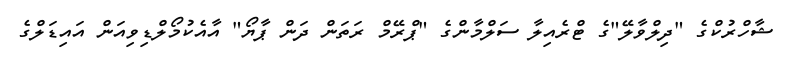
ޝާހްރުކްގެ "ދިލްވާލޭ"ގެ ޓްރެއިލާ ސަލްމާންގެ "ޕްރޭމް ރަތަން ދަން ޕާޔޯ" އާއެކުމޯލްޑިވިއަން އައިޑަލްގެ